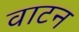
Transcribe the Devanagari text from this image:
वाटन